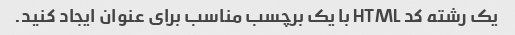
یک رشته کد HTML با یک برچسب مناسب برای عنوان ایجاد کنید.